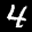
Label: 4